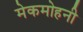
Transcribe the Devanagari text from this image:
मेकमोहनी